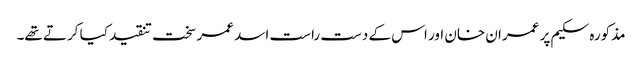
مذکورہ سکیم پر عمران خان اور اس کے دست راست اسد عمر سخت تنقید کیا کرتے تھے۔